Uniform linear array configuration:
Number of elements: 24
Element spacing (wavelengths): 0.25
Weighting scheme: hann
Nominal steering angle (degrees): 0
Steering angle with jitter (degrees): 1.011
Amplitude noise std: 0.05
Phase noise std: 0.05

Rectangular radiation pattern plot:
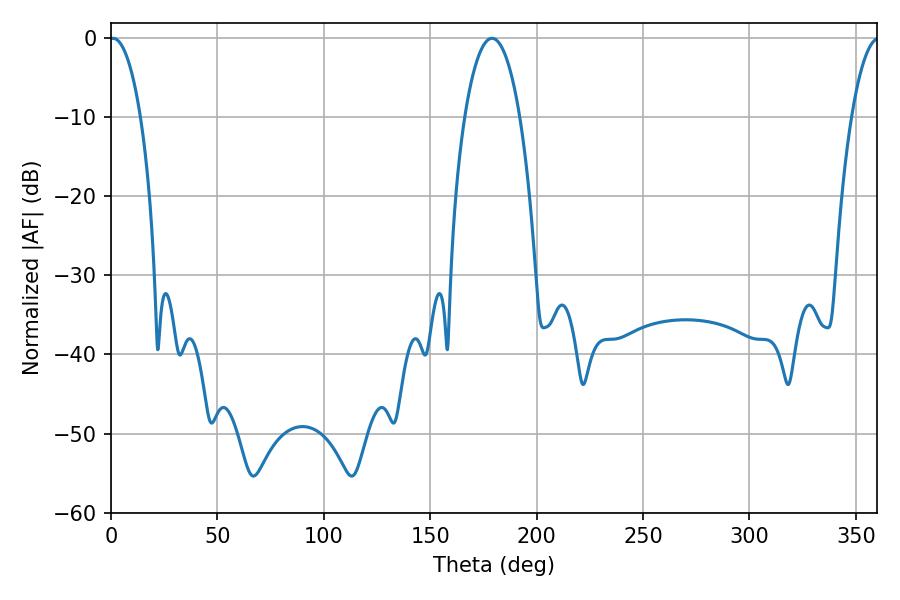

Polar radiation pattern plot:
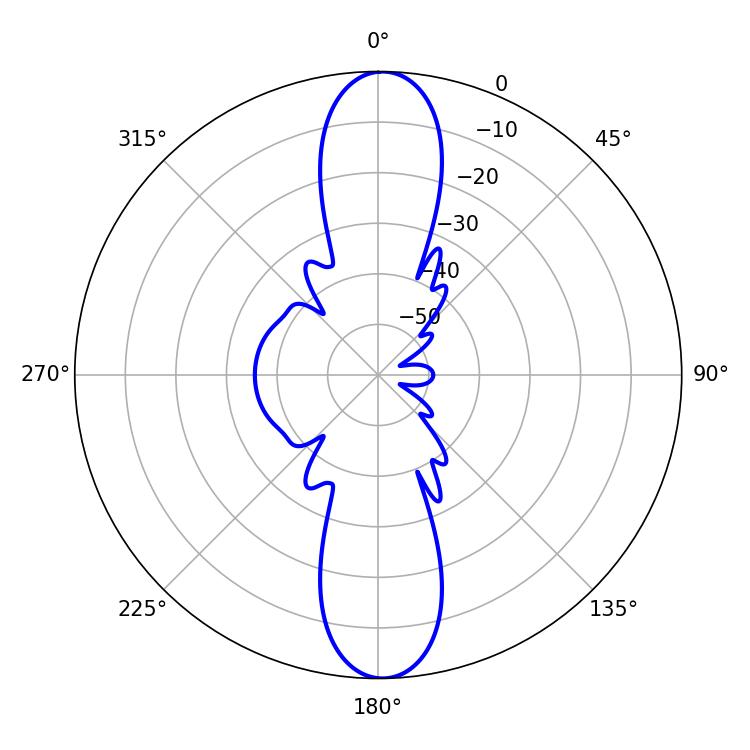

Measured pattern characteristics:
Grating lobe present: FALSE
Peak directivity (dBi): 23.923
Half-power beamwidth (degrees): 8.1
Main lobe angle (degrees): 0.9